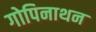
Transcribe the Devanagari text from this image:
गोपिनाथन